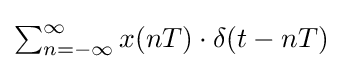
\textstyle \sum _{n=-\infty }^{\infty }x(nT)\cdot \delta (t-nT)